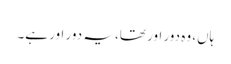
ہاں، وہ دور اور تھا، یہ دور اور ہے۔